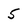
Character: 5